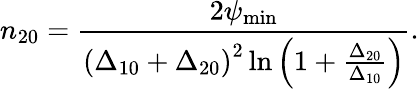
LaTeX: n_{20}=\frac{2\psi_{\operatorname*{min}}}{\left(\Delta_{10}+\Delta_{20}\right)^{2}\ln\left(1+\frac{\Delta_{20}}{\Delta_{10}}\right)}.